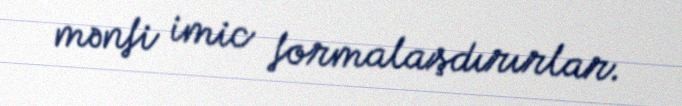
mənfi imic formalaşdırırlar.